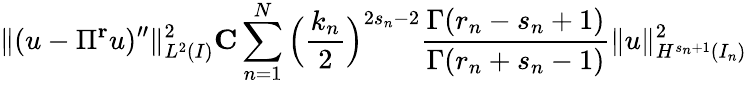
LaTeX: \| (u-\Pi^{\mathbf{r}}u)^{\prime\prime}\| _{L^{2}(I)}^{2}\le C\displaystyle\sum_{n=1}^{N}\Big(\displaystyle\frac{k_{n}}{2}\Big)^{2s_{n}-2}\displaystyle\frac{\Gamma(r_{n}-s_{n}+1)}{\Gamma(r_{n}+s_{n}-1)}\| u\| _{H^{s_{n}+1}(I_{n})}^{2}